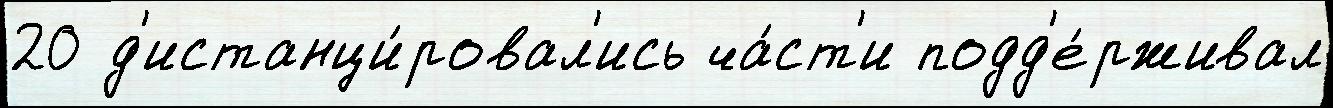
20 д'истанци́ровал'ись ча́ст'и подд'е́рживал